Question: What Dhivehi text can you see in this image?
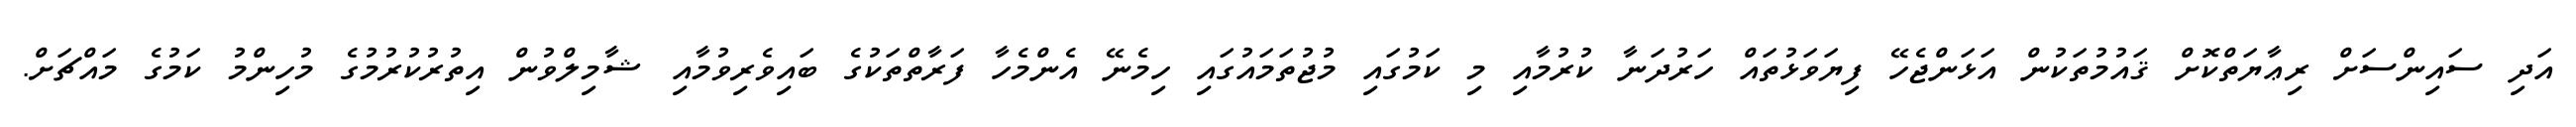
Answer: އަދި ސައިންސަށް ރިޢާޔަތްކޮށް ޤައުމުތަކުން އަޅަންޖެހޭ ފިޔަވަޅުތައް ހަރުދަނާ ކުރުމާއި މި ކަމުގައި މުޖުތަމައުގައި ހިމެނޭ އެންމެހާ ފަރާތްތަކުގެ ބައިވެރިވުމާއި ޝާމިލްވުން އިތުރުކުރުމުގެ މުހިންމު ކަމުގެ މައްޗަށް.